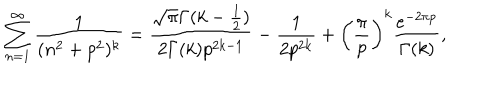
LaTeX: \sum _ { n = 1 } ^ { \infty } \frac { 1 } { ( n ^ { 2 } + p ^ { 2 } ) ^ { k } } = \frac { \sqrt { \pi } \Gamma ( k - \frac { 1 } { 2 } ) } { 2 \Gamma ( k ) p ^ { 2 k - 1 } } - \frac { 1 } { 2 p ^ { 2 k } } + \left( \frac { \pi } { p } \right) ^ { k } \frac { e ^ { - 2 \pi p } } { \Gamma ( k ) } ,